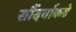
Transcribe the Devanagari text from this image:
सौंदर्याकडे